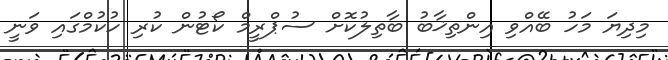
މިދިޔަ މަހު ބޭއްވި އިންތިޚާބު ބާތިލުކޮށް ސުޕްރީމް ކޯޓުން ކުރި ހުކުމްގައި ވަނީ